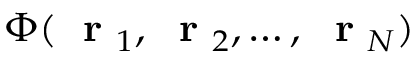
\Phi ( \mathrm { ~ \bf ~ r ~ } _ { 1 } , \mathrm { ~ \bf ~ r ~ } _ { 2 } , \dots , \mathrm { ~ \bf ~ r ~ } _ { N } )